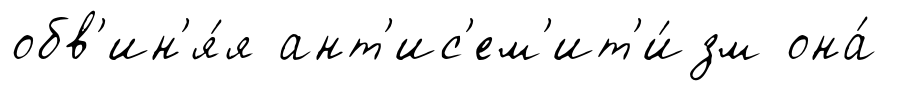
обв'ин'я́я ант'ис'ем'ит'и́зм она́